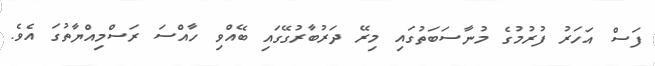
ފަސް އަހަރު ފުރުމުގެ މުނާސަބަތުގައި މިރޭ ދަރުބާރުގޭގައި ބޭއްވި ހާއްސަ ރަސްމިއްޔާތުގަ އެވެ.